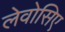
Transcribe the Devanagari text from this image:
लेवोसिए